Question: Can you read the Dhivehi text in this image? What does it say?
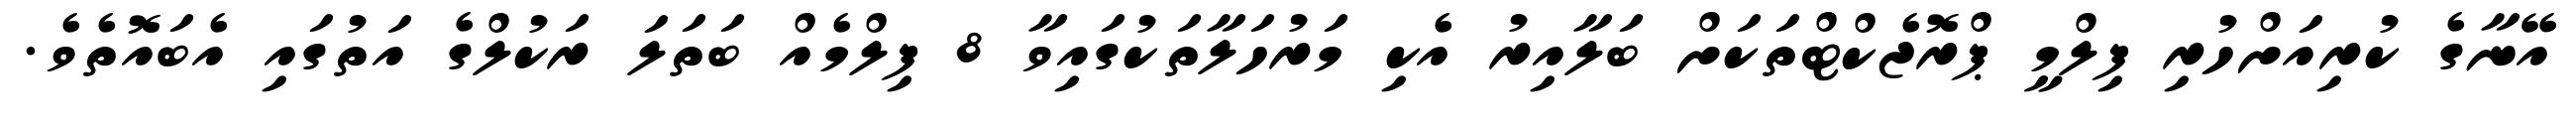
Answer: އޭނާގެ ކުރިއަށްހުރި ފިލްމީ ޕްރޮޖެކްޓްތަކަށް ބަލާއިރު އެކި މަރުހަލާތަކުގައިވާ 8 ފިލްމެއް ބަތަލަ ރަކުލްގެ އަތުގައި އެބައޮތެވެ.